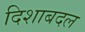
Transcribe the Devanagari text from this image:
दिशाबदल